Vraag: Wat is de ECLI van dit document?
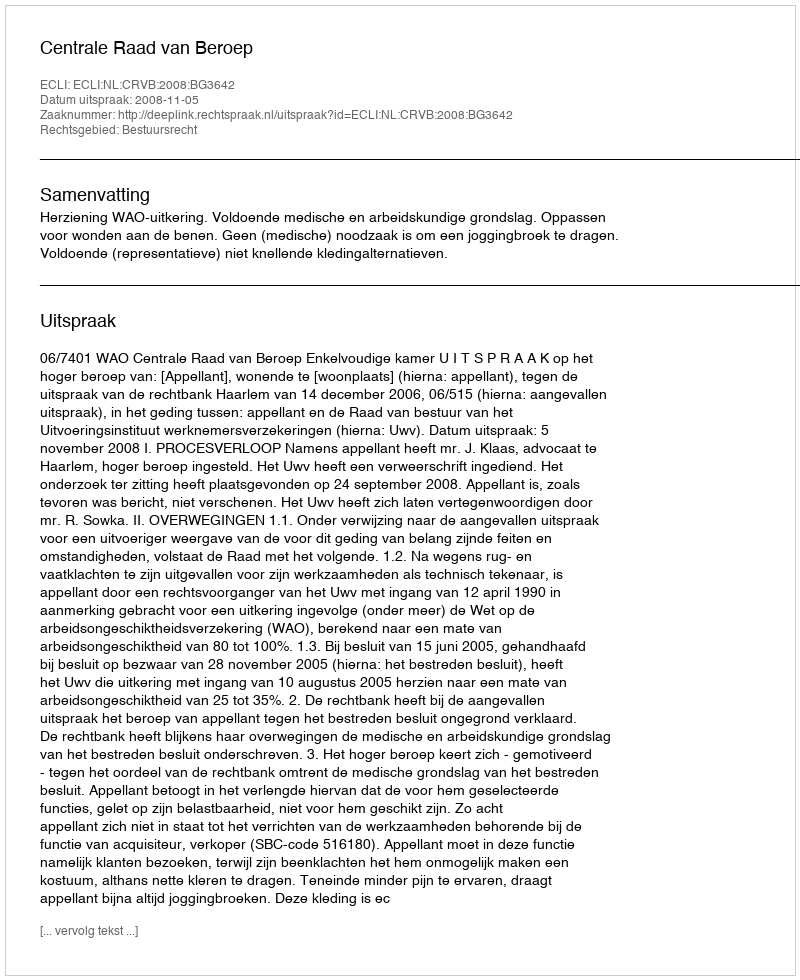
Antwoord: ECLI:NL:CRVB:2008:BG3642